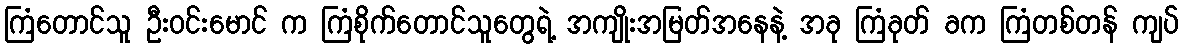
ကြံတောင်သူ ဦးဝင်းမောင် က ကြံစိုက်တောင်သူတွေရဲ့ အကျိုးအမြတ်အနေနဲ့ အခု ကြံခုတ် ခက ကြံတစ်တန် ကျပ်